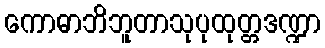
ကောဓာဘိဘူတာသုပုထုတ္တဒဏ္ဍာ